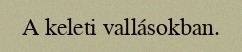
A keleti vallásokban.